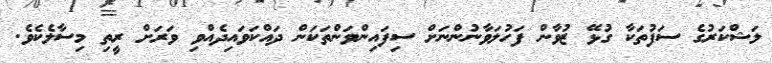
ލަޝްކަރުގެ ސަފުތަކާ ގުޅޭ ޒުވާން ފަހުލަވާނުންނަށް ސިފައިންވަންތަކަން ދައްކަވައިދެއްވި ވަރަށް ރީތި މިސާލެކެވެ.